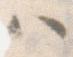
ハ